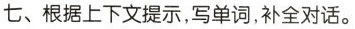
七、根据上下文提示,写单词,补全对话。